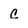
Character: c